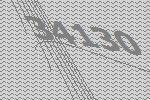
34130